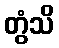
တွံသိ